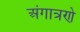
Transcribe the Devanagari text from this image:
अंगात्रणे